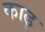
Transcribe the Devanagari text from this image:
काढ़